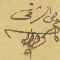
الوصي الشرعي كاتبه